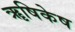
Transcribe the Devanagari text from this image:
ॠषिकेष